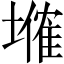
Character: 𡑗